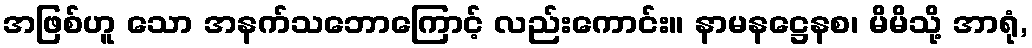
အဖြစ်ဟူ သော အနက်သဘောကြောင့် လည်းကောင်း။ နာမနဋ္ဌေနစ၊ မိမိသို့ အာရုံ,